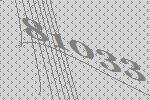
81033